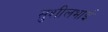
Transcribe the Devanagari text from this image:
सुशीलभाई